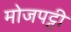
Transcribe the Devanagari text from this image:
मोजपट्टी